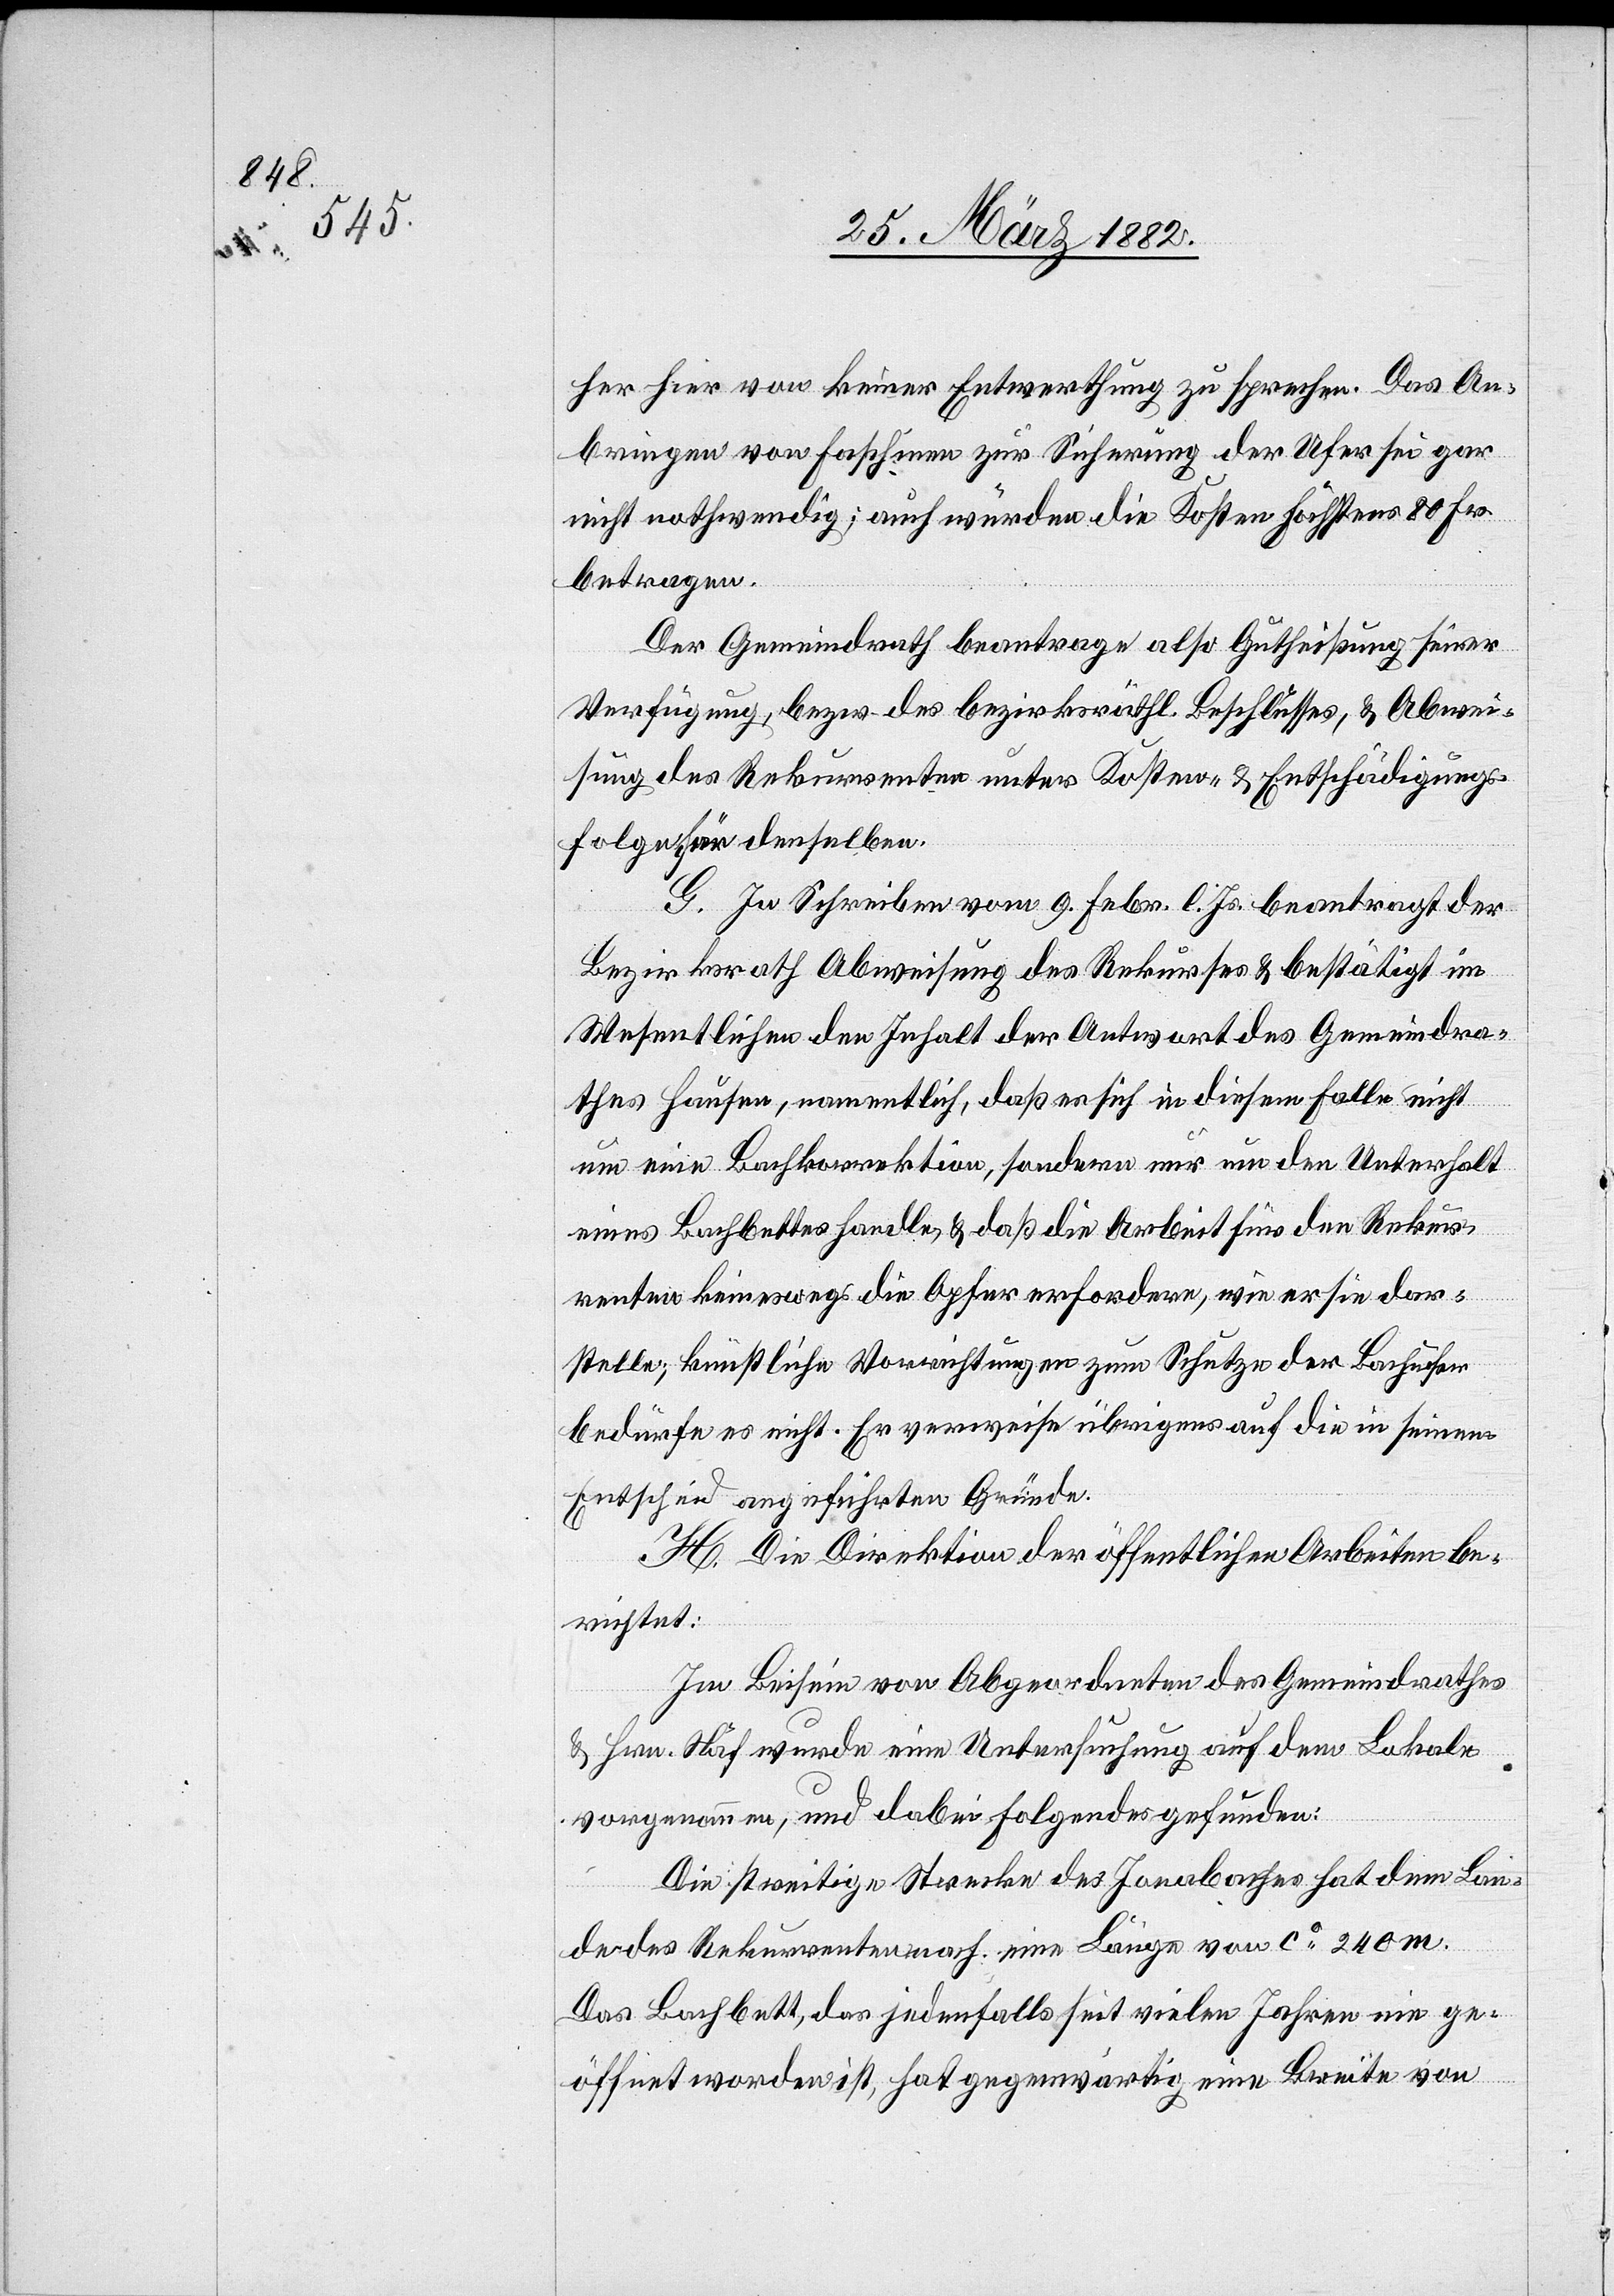
her hier von keiner Entwerthung zu sprechen. Das An¬
bringen von Faschinen zur Sicherung der Ufer sei gar
nicht nothwendig; auch würden die Kosten höchstens 80 Fr.
betragen.
Der Gemeindrath beantrage also Gutheißung seiner
Verfügung, bezw. des bezirksräthl. Beschlusses, & Abwei¬
sung des Rekurrenten unter Kosten- & Entschädigungs¬
folgen für denselben.
G. In Schreiben vom 9. Febr. l. Js. beantragt der
Bezirksrath Abweisung des Rekurses & bestätigt im
Wesentlichen den Inhalt der Antwort des Gemeindra¬
thes Hausen, namentlich, daß er sich in diesem Falle nicht
um eine Bachkorrektion, sondern nur um den Unterhalt
eines Bachbettes handle, & daß die Arbeit für den Rekur¬
renten keineswegs die Opfer erfordere, wie er sie dar¬
stelle; künstliche Vorrichtungen zum Schutze der Bachufer
bedürfe es nicht. Er verweise übrigens auf die in seinem
Entscheid angeführten Gründe.
H. Die Direktion der öffentlichen Arbeiten be¬
richtet:
Im Beisein von Abgeordneten des Gemeindrathes
& Hrn. Näf wurde eine Untersuchung auf dem Lokale
vorgenommen, und dabei folgendes gefunden:
Die streitige Strecke des Jonabaches hat dem Bau¬
e des Rekurrenten nach eine Länge von ca 240 m.
Das Bachbett, das jedenfalls seit vielen Jahren nie ge¬
öffnet worden ist, hat gegenwärtig eine Breite von